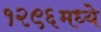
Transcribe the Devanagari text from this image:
१२९६मध्ये